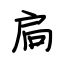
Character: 扃